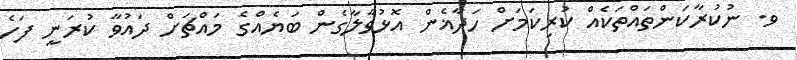
ވ. ނުކުރާކަންތައްތަކެއް ކުރިކަމަށް ހަދާޣެން އޮޅުވާލާގެން ބަޔެއްގެ މައްޗަށް ދައުވާ ކުރަނީ ފަހެ